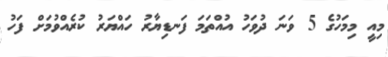
މިއީ މިމަހުގެ 5 ވަނަ ދުވަހު އުއްތަމަ ފަނޑިޔާރު ހައްޔަރު ކުރެއްވުމަށް ފަހު